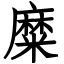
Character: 糜